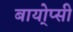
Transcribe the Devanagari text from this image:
बायो्प्सी